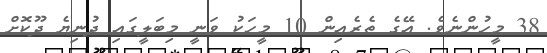
38 މީހުންނެވެ. އޭގެ ތެރެއިން 10 މީހަކު ވަނީ މިބަލީގައި ދުނިޔެ ދޫކޮށް